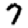
Digit: 7